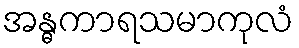
အန္ဓကာရသမာကုလံ